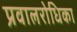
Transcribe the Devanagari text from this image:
प्रवालरोधिका